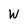
Character: W